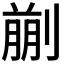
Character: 𠞳